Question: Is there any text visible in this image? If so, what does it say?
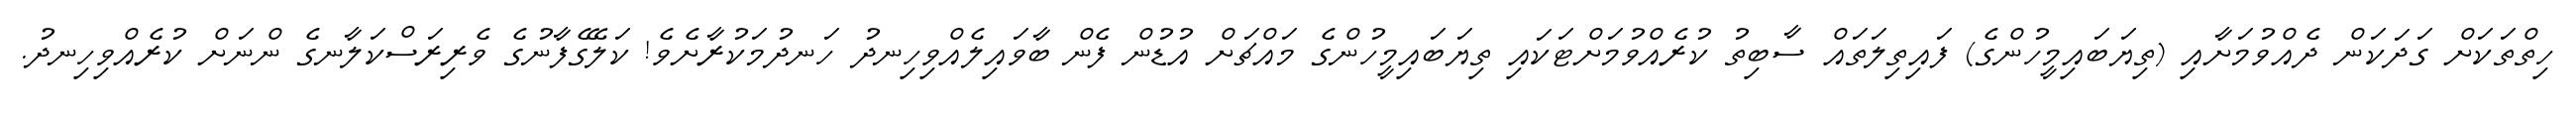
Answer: ހިތްތަކަށް ގަދަކަން ދެއްވުމަށާއި (ތިޔަބައިމީހުންގެ) ފައިތިލަތައް ސާބިތު ކުރެއްވުމަށްޓަކައި ތިޔަބައިމީހުންގެ މައްޗަށް އުޑުން ފެން ބާވައިލެއްވިހިނދު ހަނދުމަކުރާށެވެ! ކަލޭގެފާނުގެ ވެރިރަސްކަލާނގެ ންނަށް ކުރެއްވިހިނދު.